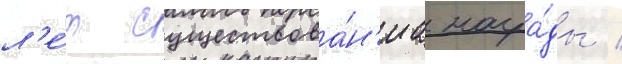
л'е́т существова́н'иа награ́ды /